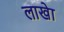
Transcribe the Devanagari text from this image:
लाखेा